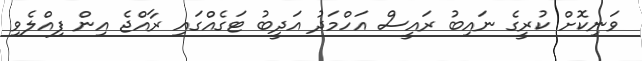
ވަނިކޮށް ކުރީގެ ނައިބު ރައީސް އަހްމަދު އަދީބު ޓަގެއްގައި ރާއްޖެ އިން ފިއްލެވި